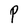
Character: P